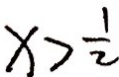
x > \frac { 1 } { 2 }